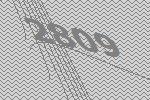
2809